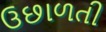
ઉછાળતી